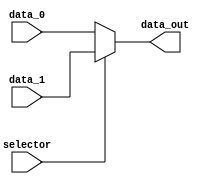
module mux_Extend(

    input  wire        selector,
    input  wire [15:0] data_0, //load size [15..0]
    input  wire [15:0] data_1, //instruction [15..0]
    output wire [15:0] data_out

);

assign data_out = (selector) ? data_1 : data_0;

endmodule